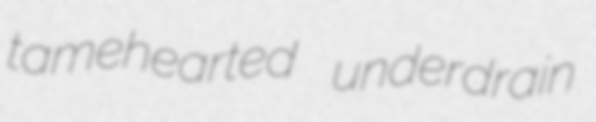
tamehearted underdrain